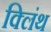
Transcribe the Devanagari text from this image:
क्लिंथ